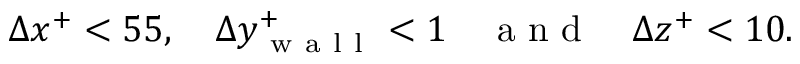
\Delta x ^ { + } < 5 5 , \quad \Delta y _ { \mathrm { ~ w ~ a ~ l ~ l ~ } } ^ { + } < 1 \quad \mathrm { ~ a ~ n ~ d ~ } \quad \Delta z ^ { + } < 1 0 .